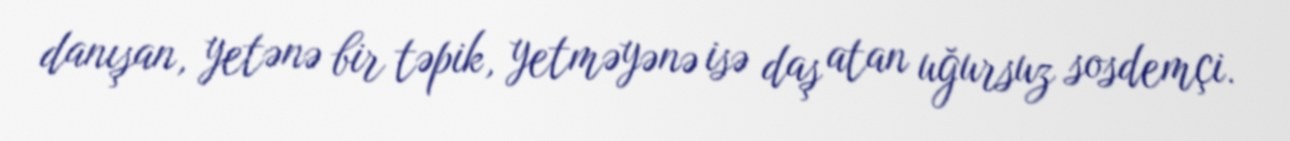
danışan, yetənə bir təpik, yetməyənə isə daş atan uğursuz sosdemçi.